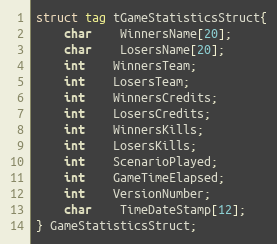
Language: C
struct tag tGameStatisticsStruct{
	char	WinnersName[20];
	char	LosersName[20];
	int	WinnersTeam;
	int	LosersTeam;
	int	WinnersCredits;
	int	LosersCredits;
	int	WinnersKills;
	int	LosersKills;
	int	ScenarioPlayed;
	int	GameTimeElapsed;
	int	VersionNumber;
	char	TimeDateStamp[12];
} GameStatisticsStruct;